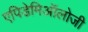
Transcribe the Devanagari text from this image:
एपिडेमिऑलोजी